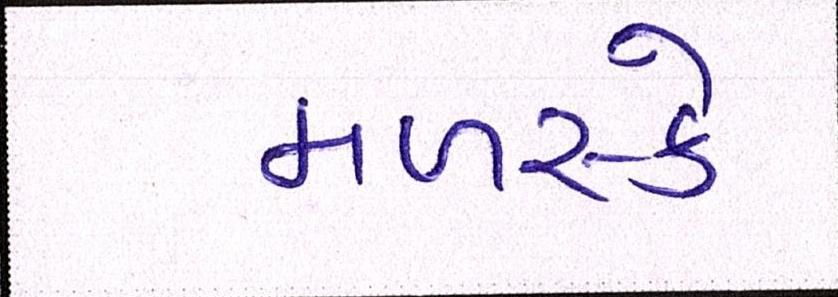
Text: મળસ્કે